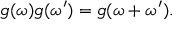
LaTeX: g ( \omega ) g ( \omega ^ { \prime } ) = g ( \omega + \omega ^ { \prime } ) .